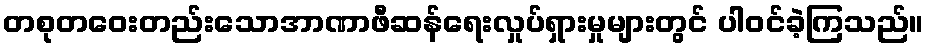
တစုတဝေးတည်းသောအာဏာဖီဆန်ရေးလှုပ်ရှားမှုများတွင် ပါဝင်ခဲ့ကြသည်။